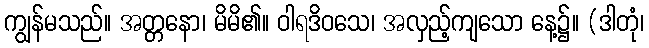
ကျွန်မသည်။ အတ္တနော၊ မိမိ၏။ ဝါရဒိဝသေ၊ အလှည့်ကျသော နေ့၌။ (ဒါတုံ၊